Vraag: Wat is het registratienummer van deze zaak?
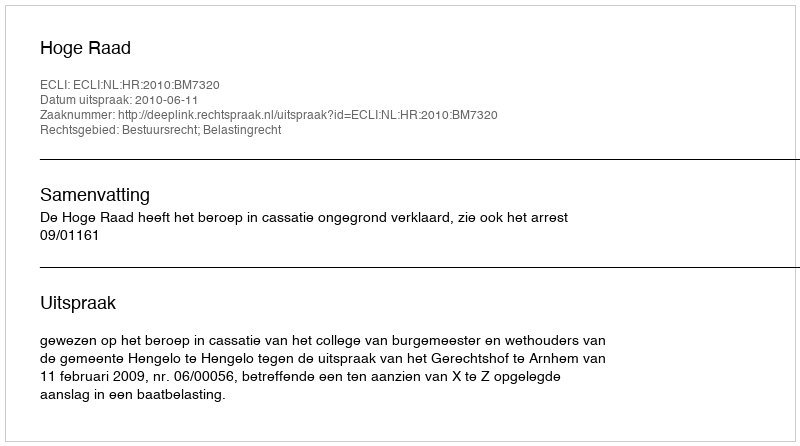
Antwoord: http://deeplink.rechtspraak.nl/uitspraak?id=ECLI:NL:HR:2010:BM7320